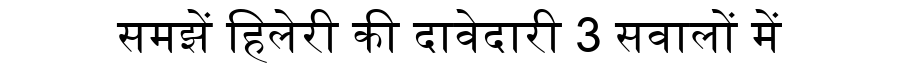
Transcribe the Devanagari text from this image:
समझें हिलेरी की दावेदारी 3 सवालों में